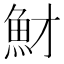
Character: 𩵝